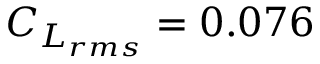
C _ { L _ { r m s } } = 0 . 0 7 6